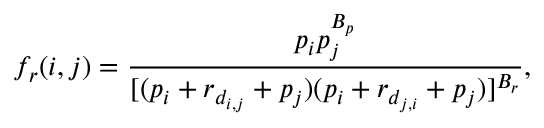
f _ { r } ( i , j ) = \frac { p _ { i } p _ { j } ^ { B _ { p } } } { [ ( p _ { i } + r _ { d _ { i , j } } + p _ { j } ) ( p _ { i } + r _ { d _ { j , i } } + p _ { j } ) ] ^ { B _ { r } } } ,